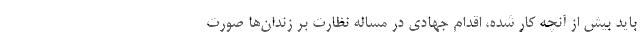
باید بیش از آنچه کار شده، اقدام جهادی در مساله نظارت بر زندان‌ها صورت